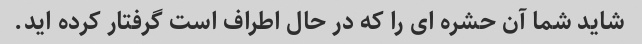
شاید شما آن حشره ای را که در حال اطراف است گرفتار کرده اید.